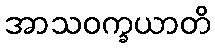
အာသဝက္ခယာတိ